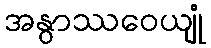
အနွာဿဝေယျုံ